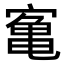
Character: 𫝰